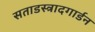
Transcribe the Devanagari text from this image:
सताडस्त्रादगार्डन